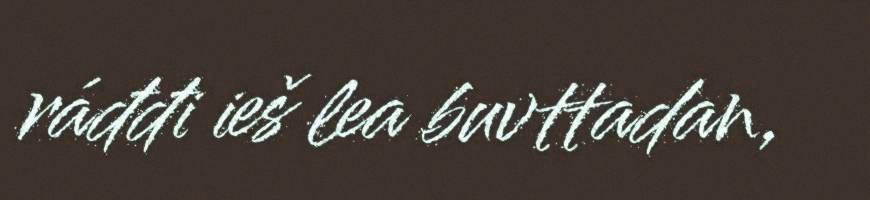
ráđđi ieš lea buvttadan,